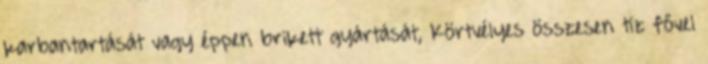
karbantartását vagy éppen brikett gyártását, Körtvélyes összesen tíz fővel